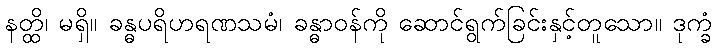
နတ္ထိ၊ မရှိ။ ခန္ဓပရိဟရဏသမံ၊ ခန္ဓာဝန်ကို ဆောင်ရွက်ခြင်းနှင့်တူသော။ ဒုက္ခံ